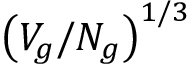
\left( V _ { g } / N _ { g } \right) ^ { 1 / 3 }